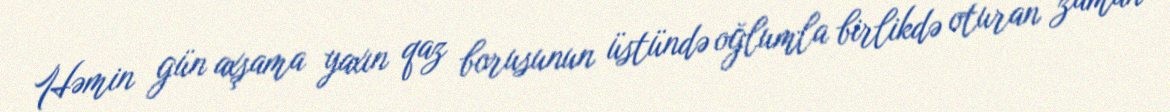
Həmin gün axşama yaxın qaz borusunun üstündə oğlumla birlikdə oturan zaman